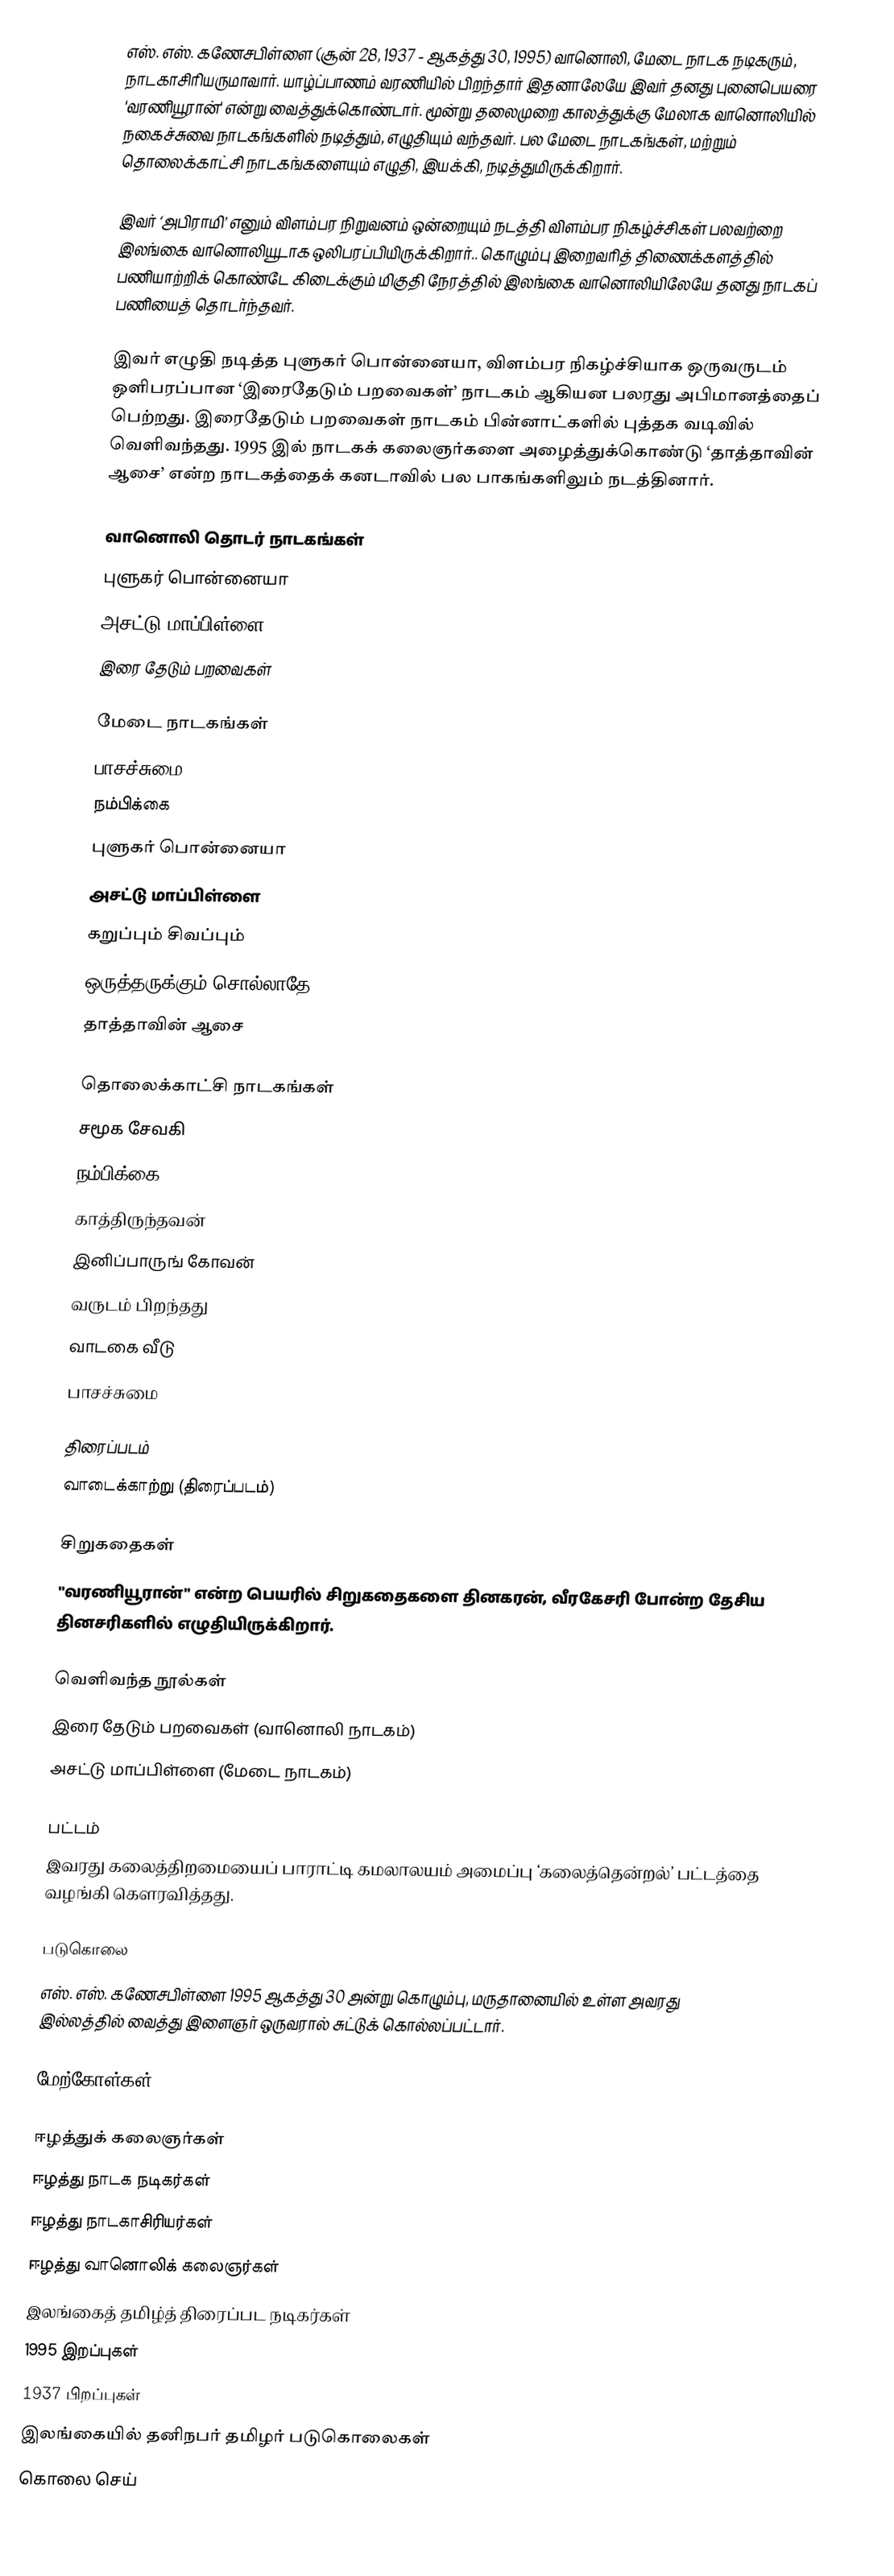
எஸ். எஸ். கணேசபிள்ளை (சூன் 28, 1937 - ஆகத்து 30, 1995) வானொலி, மேடை நாடக நடிகரும், நாடகாசிரியருமாவார். யாழ்ப்பாணம் வரணியில் பிறந்தார் இதனாலேயே இவர் தனது புனைபெயரை 'வரணியூரான்' என்று வைத்துக்கொண்டார். மூன்று தலைமுறை காலத்துக்கு மேலாக வானொலியில் நகைச்சுவை நாடகங்களில் நடித்தும், எழுதியும் வந்தவர். பல மேடை நாடகங்கள், மற்றும் தொலைக்காட்சி நாடகங்களையும் எழுதி, இயக்கி, நடித்துமிருக்கிறார்.

இவர் ‘அபிராமி’ எனும் விளம்பர நிறுவனம் ஒன்றையும் நடத்தி விளம்பர நிகழ்ச்சிகள் பலவற்றை இலங்கை வானொலியூடாக ஒலிபரப்பியிருக்கிறார்.. கொழும்பு இறைவரித் திணைக்களத்தில் பணியாற்றிக் கொண்டே கிடைக்கும் மிகுதி நேரத்தில் இலங்கை வானொலியிலேயே தனது நாடகப் பணியைத் தொடர்ந்தவர்.

இவர் எழுதி நடித்த புளுகர் பொன்னையா, விளம்பர நிகழ்ச்சியாக ஒருவருடம் ஒளிபரப்பான ‘இரைதேடும் பறவைகள்’ நாடகம் ஆகியன பலரது அபிமானத்தைப் பெற்றது. இரைதேடும் பறவைகள் நாடகம் பின்னாட்களில் புத்தக வடிவில் வெளிவந்தது. 1995 இல் நாடகக் கலைஞர்களை அழைத்துக்கொண்டு ‘தாத்தாவின் ஆசை’ என்ற நாடகத்தைக் கனடாவில் பல பாகங்களிலும் நடத்தினார்.

வானொலி தொடர் நாடகங்கள்
 புளுகர் பொன்னையா
 அசட்டு மாப்பிள்ளை
 இரை தேடும் பறவைகள்

மேடை நாடகங்கள்
 பாசச்சுமை
 நம்பிக்கை
 புளுகர் பொன்னையா
 அசட்டு மாப்பிள்ளை
 கறுப்பும் சிவப்பும்
 ஒருத்தருக்கும் சொல்லாதே
 தாத்தாவின் ஆசை

தொலைக்காட்சி நாடகங்கள்
 சமூக சேவகி
 நம்பிக்கை
 காத்திருந்தவன்
 இனிப்பாருங் கோவன்
 வருடம் பிறந்தது
 வாடகை வீடு
 பாசச்சுமை

திரைப்படம்
 வாடைக்காற்று (திரைப்படம்)

சிறுகதைகள்
"வரணியூரான்" என்ற பெயரில் சிறுகதைகளை தினகரன், வீரகேசரி போன்ற தேசிய தினசரிகளில் எழுதியிருக்கிறார்.

வெளிவந்த நூல்கள்
 இரை தேடும் பறவைகள் (வானொலி நாடகம்)
 அசட்டு மாப்பிள்ளை (மேடை நாடகம்)

பட்டம்
இவரது கலைத்திறமையைப் பாராட்டி கமலாலயம் அமைப்பு ‘கலைத்தென்றல்’ பட்டத்தை வழங்கி கெளரவித்தது.

படுகொலை
எஸ். எஸ். கணேசபிள்ளை 1995 ஆகத்து 30 அன்று கொழும்பு, மருதானையில் உள்ள அவரது இல்லத்தில் வைத்து இளைஞர் ஒருவரால் சுட்டுக் கொல்லப்பட்டார்.

மேற்கோள்கள்

ஈழத்துக் கலைஞர்கள்
ஈழத்து நாடக நடிகர்கள்
ஈழத்து நாடகாசிரியர்கள்
ஈழத்து வானொலிக் கலைஞர்கள்
இலங்கைத் தமிழ்த் திரைப்பட நடிகர்கள்
1995 இறப்புகள்
1937 பிறப்புகள்
இலங்கையில் தனிநபர் தமிழர் படுகொலைகள்
கொலை செய்